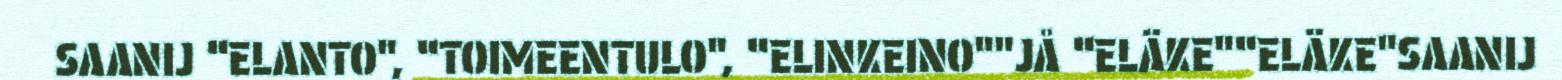
SAANIJ “ELANTO", “TOIMEENTULO", “ELINKEINO""JÅ “ELÄKE"“ELÄKE"SAANIJ